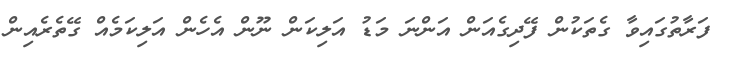
ފަރާތުގައިވާ ގެތަކުން ފޭދިގެއަން އަންނަ މަޑު އަލިކަން ނޫން އެހެން އަލިކަމެއް ގޭތެރެއިން